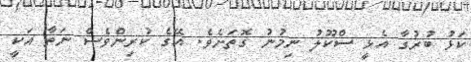
ކަޅު ބުރުގާ އެޅީ ސްކޫލު ނިމުނު ގޮތަށެވެ. އޭގެ ކުރިންވެސް ނަތާ އަކީ